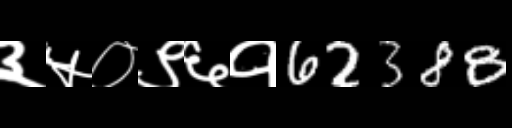
Text: ३५०९६१62388